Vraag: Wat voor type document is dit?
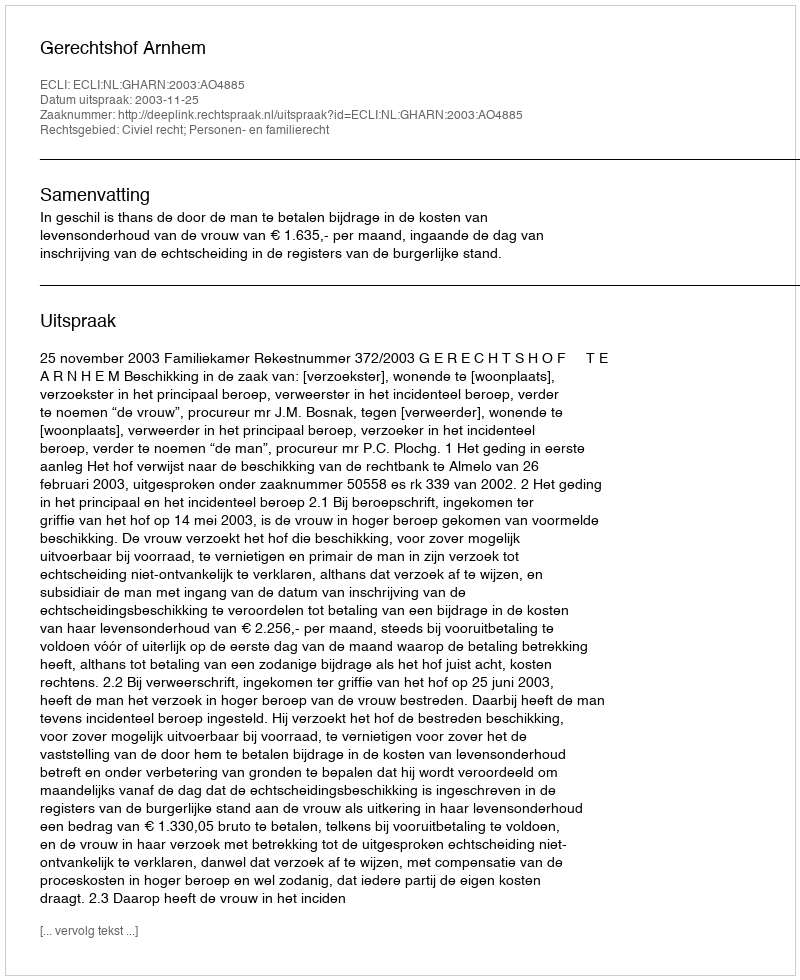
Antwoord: Uitspraak